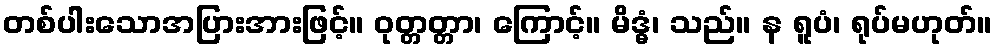
တစ်ပါးသောအပြားအားဖြင့်။ ဝုတ္တတ္တာ၊ ကြောင့်။ မိဒ္ဓံ၊ သည်။ န ရူပံ၊ ရုပ်မဟုတ်။